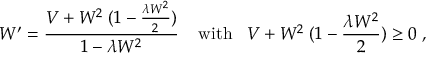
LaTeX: W ^ { \prime } = \frac { V + W ^ { 2 } \; ( 1 - \frac { \lambda W ^ { 2 } } { 2 } ) } { 1 - \lambda W ^ { 2 } } \; \; \; \; \mathrm { w i t h } \; \; \; V + W ^ { 2 } \; ( 1 - \frac { \lambda W ^ { 2 } } { 2 } ) \ge 0 \; ,